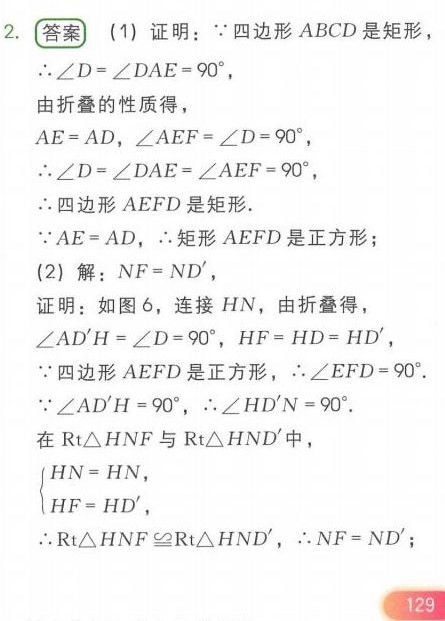
2. **答案**
(1) 证明：$\because$四边形$ABCD$是矩形，
$\therefore\angle D = \angle DAE=90^{\circ}$，
由折叠的性质得，
$AE = AD$，$\angle AEF=\angle D = 90^{\circ}$，
$\therefore\angle D=\angle DAE=\angle AEF = 90^{\circ}$，
$\therefore$四边形$AEFD$是矩形.
$\because AE = AD$，$\therefore$矩形$AEFD$是正方形；
(2) 解：$NF = ND'$，
证明：如图6，连接$HN$，由折叠得，
$\angle AD'H=\angle D = 90^{\circ}$，$HF = HD = HD'$，
$\because$四边形$AEFD$是正方形，$\therefore\angle EFD = 90^{\circ}$.
$\because\angle AD'H = 90^{\circ}$，$\therefore\angle HD'N=90^{\circ}$.
在$\text{Rt}\triangle HNF$与$\text{Rt}\triangle HND'$中，
$\begin{cases}HN = HN,\\HF = HD',\end{cases}$
$\therefore\text{Rt}\triangle HNF\cong\text{Rt}\triangle HND'$，$\therefore NF = ND'$；
129